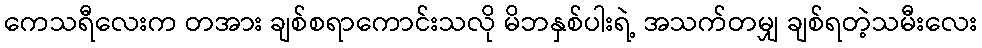
ကေသရီလေးက တအား ချစ်စရာကောင်းသလို မိဘနှစ်ပါးရဲ့ အသက်တမျှ ချစ်ရတဲ့သမီးလေး